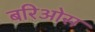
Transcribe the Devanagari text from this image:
बरिओस